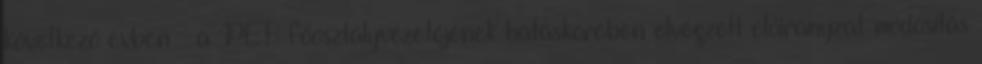
következő évben – a PEF főosztályvezetőjének hatáskörében elvégzett előirányzat-módosítás